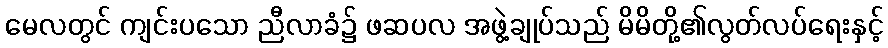
မေလတွင် ကျင်းပသော ညီလာခံ၌ ဖဆပလ အဖွဲ့ချုပ်သည် မိမိတို့၏လွတ်လပ်ရေးနှင့်